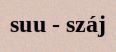
suu - száj